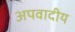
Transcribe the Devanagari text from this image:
अपवादीय